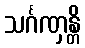
သင်္ဂဏှန္တိ